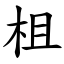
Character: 柤